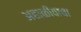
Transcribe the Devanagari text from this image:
अहाळीवाचा